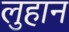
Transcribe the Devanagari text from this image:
लुहान